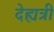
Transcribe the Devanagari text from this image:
देह्यत्री